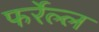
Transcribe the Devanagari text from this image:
फर्रेल्ल